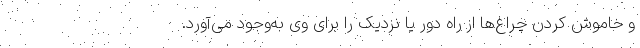
و خاموش کردن چراغ‌ها از راه دور یا نزدیک را برای وی به‌وجود می‌آورد.